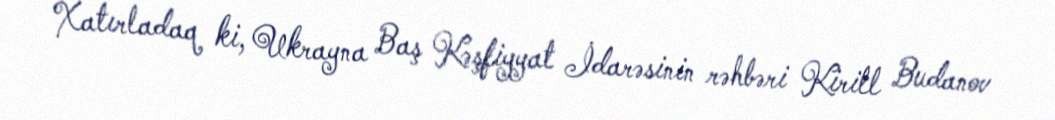
Xatırladaq ki, Ukrayna Baş Kəşfiyyat İdarəsinin rəhbəri Kirill Budanov